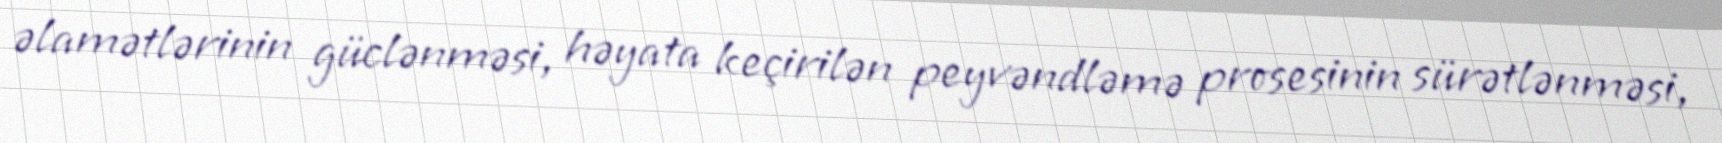
əlamətlərinin güclənməsi, həyata keçirilən peyvəndləmə prosesinin sürətlənməsi,